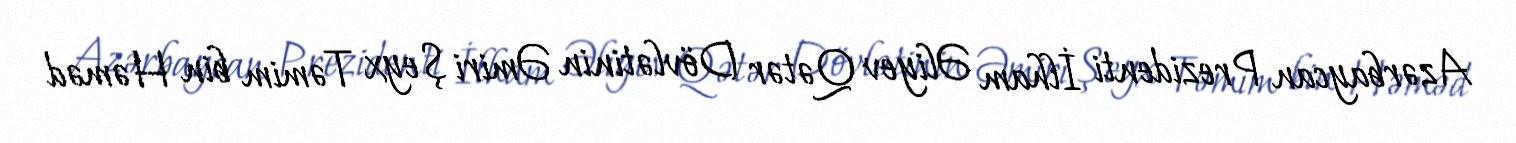
Azərbaycan Prezidenti İlham Əliyev Qətər Dövlətinin Əmiri Şeyx Təmim bin Həməd